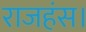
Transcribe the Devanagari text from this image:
राजहंस।